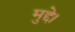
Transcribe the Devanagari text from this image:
मुद्दे।